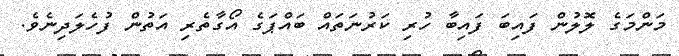
މަންމަގެ ލޮލުން ފައިބަ ފައިބާ ހުރި ކަރުނަތައް ބައްޕަގެ އޯގާތެރި އަތުން ފުހެލަދިނެވެ.